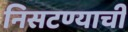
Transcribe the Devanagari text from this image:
निसटण्याची